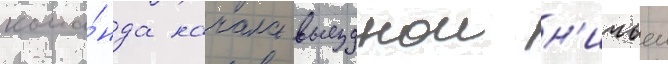
кома́нда начала выезднои н'ичьеи